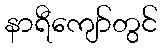
နာရီကျော်တွင်